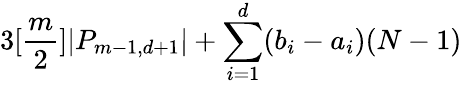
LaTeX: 3[\frac{m}{2}]|P_{m-1,d+1}|+\sum_{i=1}^{d}(b_{i}-a_{i})(N-1)